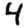
Digit: 4